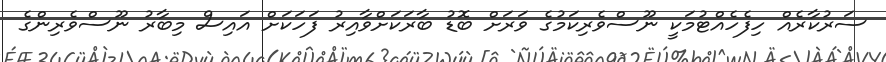
ސަރުކާރެއް ހިފެހެއްޓުމަކީ ނޫސްވެރިކަމުގެ ވަރަށް ބޮޑު ބާރަކަށްވާއިރު ފަހަކަށް އައިސް މިބާރު ނޫސްވެރިންގެ